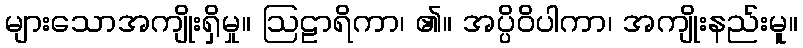
များသောအကျိုးရှိမှု။ ဩဠာရိကာ၊ ၏။ အပ္ပိဝိပါကာ၊ အကျိုးနည်းမူ။